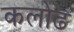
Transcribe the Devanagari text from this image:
कलोढ